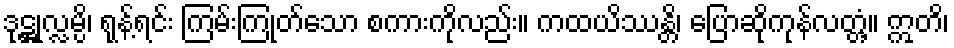
ဒုဋ္ဌုလ္လမ္ပိ၊ ရုန့်ရင်း ကြမ်းကြုတ်သော စကားကိုလည်း။ ကထယိဿန္တိ၊ ပြောဆိုကုန်လတ္တံ့။ ဣတိ၊